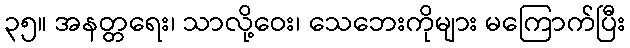
၃၅။ အနတ္တရေး၊ သာလို့ဝေး၊ သေဘေးကိုများ မကြောက်ပြီး